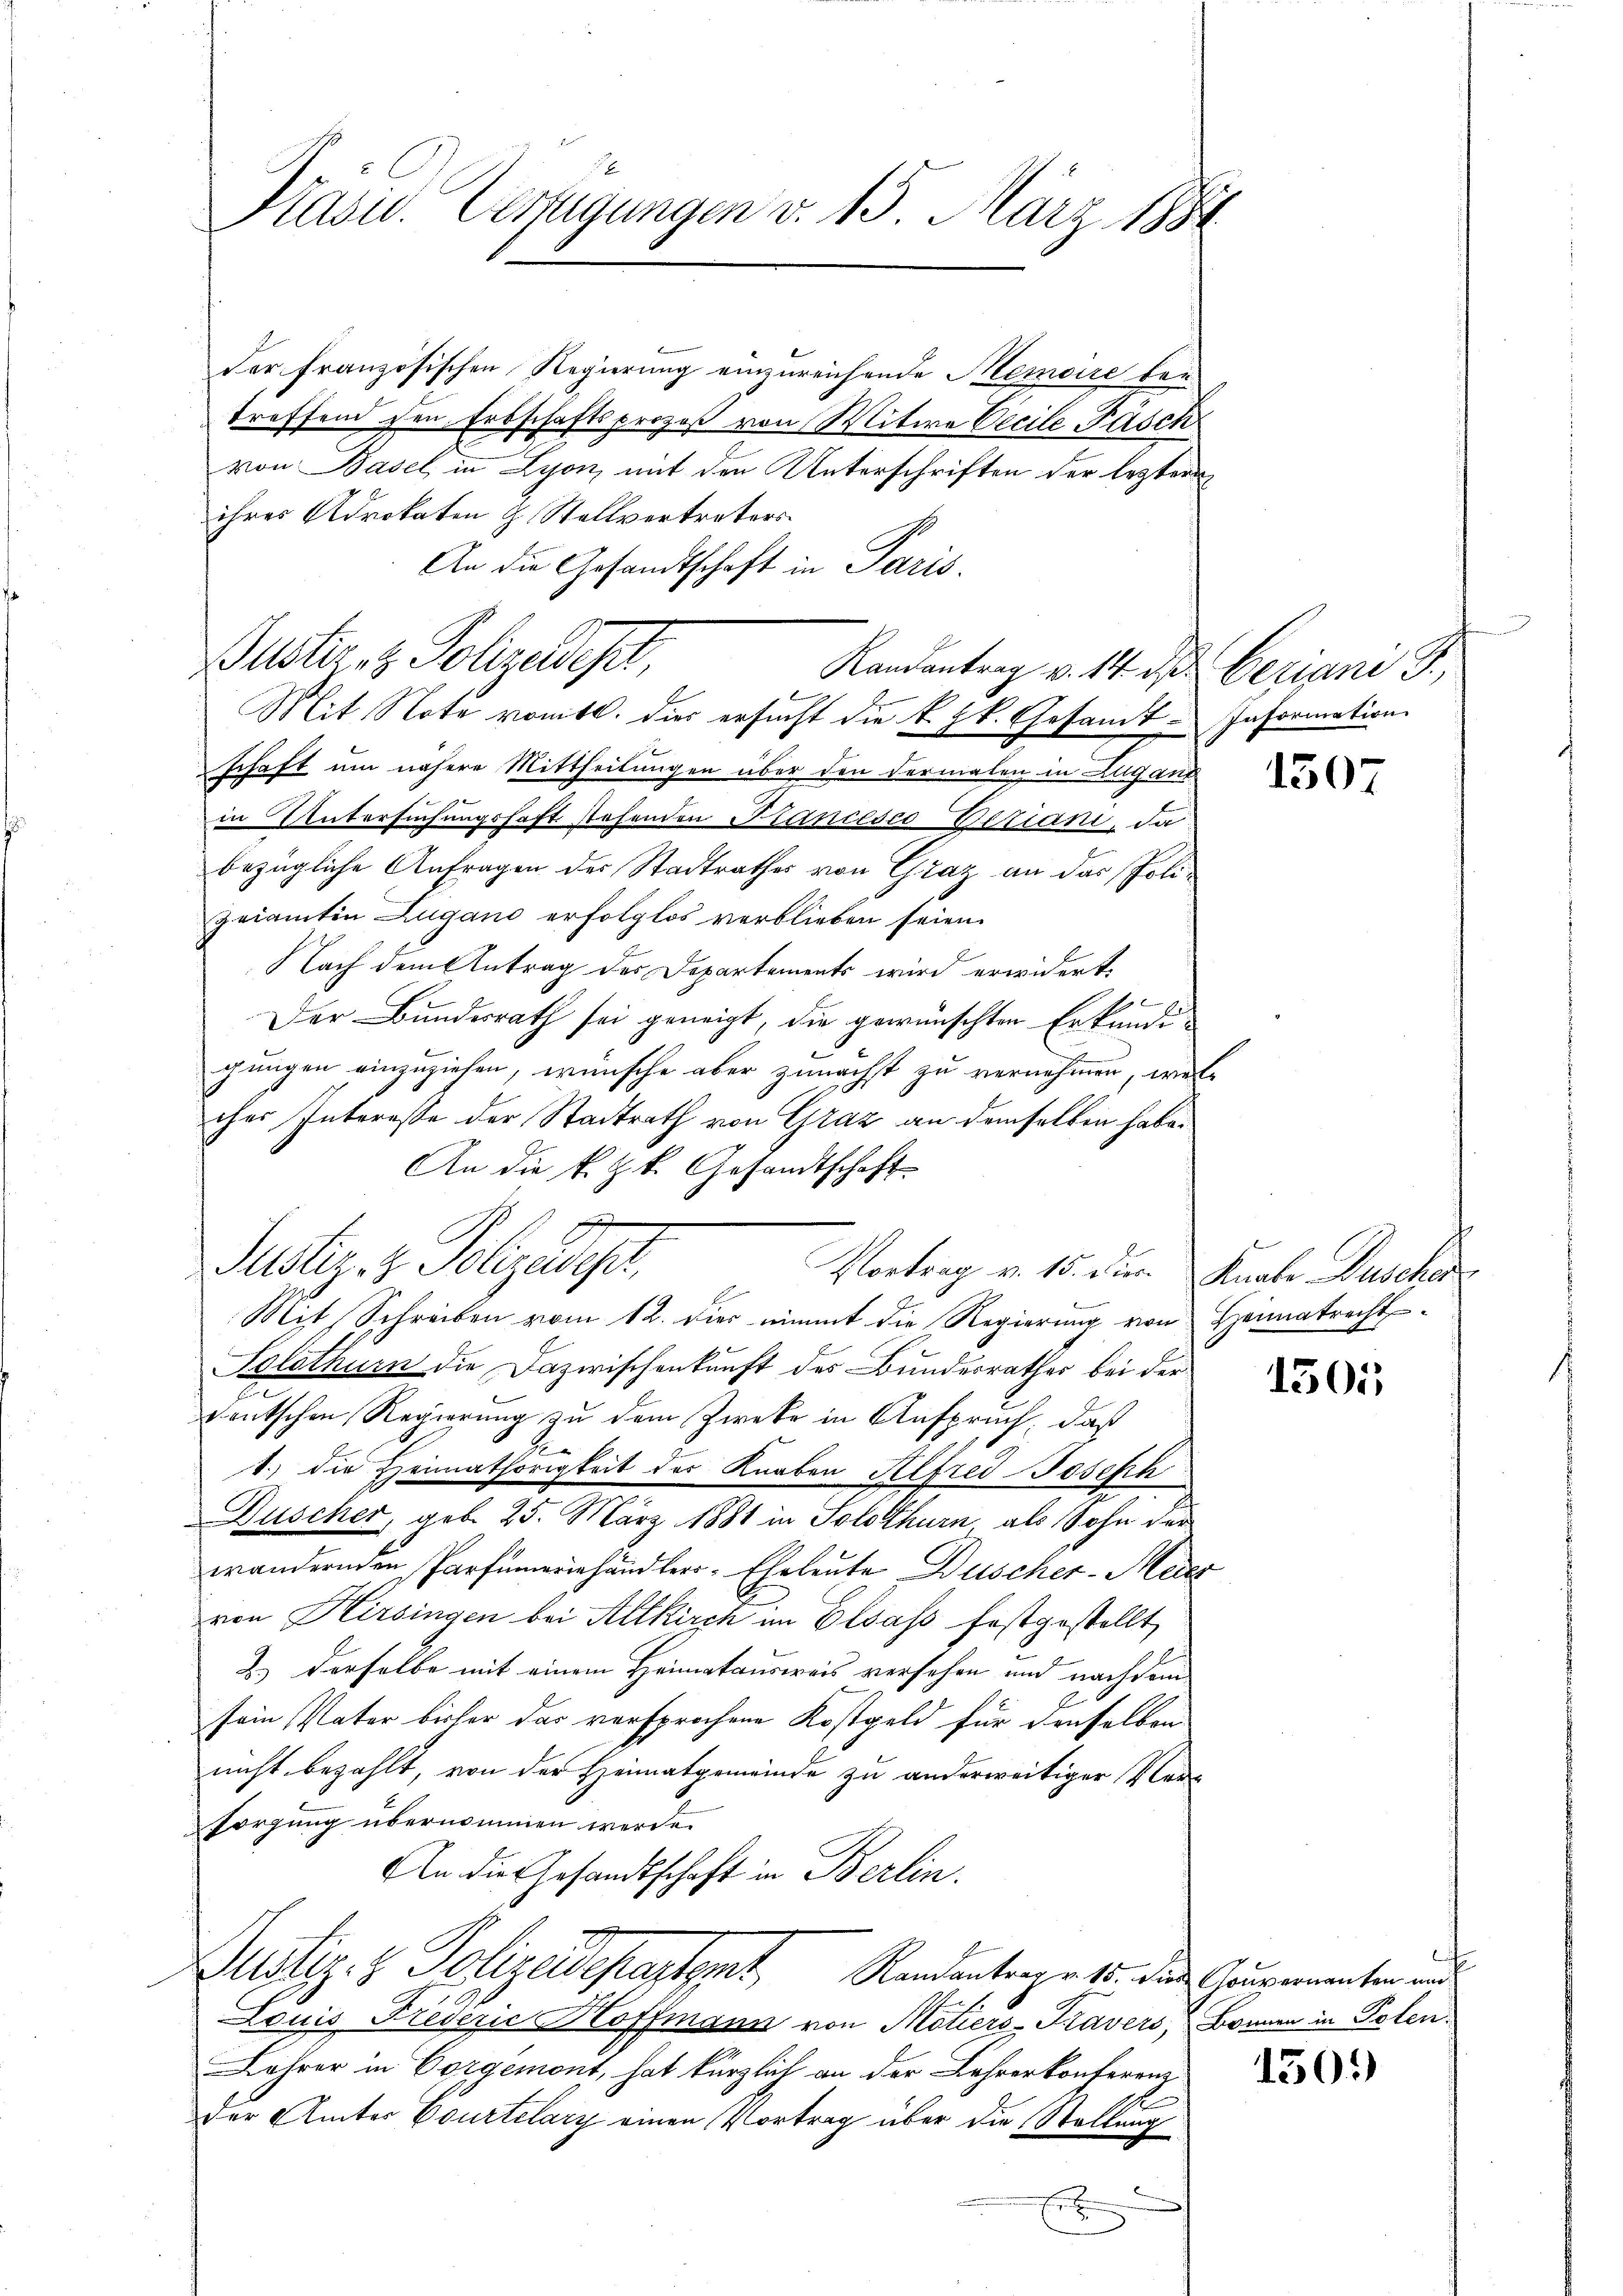
Kasis. Verfügungen v. 15. März 1884

der französischen Regierung einzureichende Memoire bey
treffend den Erbschaftsprozeß von Witwe Cecile Fäsch
von Basel in Lyon, mit den Unterschriften der lezteren
ihres Advokaten & Stellvertreters
An die Gesandtschaft in Paris.
Mit Note vomtl. dies ersucht die k. k. Gesamt. Information
schaft um nähere Mittheilungen über den dermalen in Lugant
in Untersuchungshaft stehenden Stancesco Vitiani, da
bezügliche Anfragen der Stadtrathes von Graz an das Polizeiamten Zugano erfolglos verblieben seien.
Nach dem Antrag des Departements wird erwidert,
b
Der Bundesrath sei geneigt, die gewünschten Erkundigungen einzuziehen, wünsche aber zunächst zu vernehmen, wel-
ches Interesse der Stadtrath von Graz an demselben haben
An die k. k. Gesandtschaft
Mit Schreiben vom 12. dies nimmt die Regierung von Heimatrecht
Solothurn die Dazwischenkunft des Bundesrathes bei der
deutschen Regierung zu dem Zweke in Anspruch, daß
1.) Die Heimathörigkeit des Knaben Alfred Joseph
Duscher, geb. 25. März 1881 in Solothurn als Sohn der
wändernden Parfümerienhändler-Eheleute Duscher-Meier
von Hirsingen bei Altkirch im Elsass festgestellt,
2.) Derselbe mit einem Heimatausweis versehen und nachdem
sein Vater bisher das versprochene Kostgeld für denselben
nicht bezahlt, von der Heimatgemeinde zu anderweitiger Ver-
sorgung übernommen werde.
An die Gesandtschaft in Berlin.
Dustiz- & Polizeidepartent Randantrage 15. die Gaurementen und
Louis Frederić Hoffmann von Motiers-Kravers, Brunnen in Polen.
Lehrer in Corgemont, hat kürzlich an der Lehrerkonferenz
der Amter Courtelary einen Vortrag über die Stellung
e
E

2
Justiz- & Polizeisept,
Vortrag v. 15. Der Knabe Buscher

Puster- & Polizeist,

Randantrag v. 14. ds Geriani G.

1507

1501

1505)